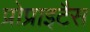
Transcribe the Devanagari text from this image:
प्रोप्राइटैस